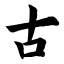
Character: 古